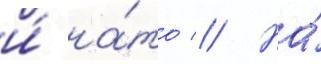
и́ на́то // На́